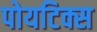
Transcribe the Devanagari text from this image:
पोयटिक्स